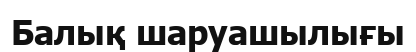
Балық шаруашылығы